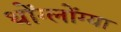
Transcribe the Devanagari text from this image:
थोंग्लोंग्या